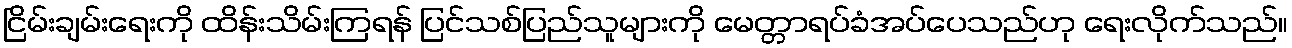
ငြိမ်းချမ်းရေးကို ထိန်းသိမ်းကြရန် ပြင်သစ်ပြည်သူများကို မေတ္တာရပ်ခံအပ်ပေသည်ဟု ရေးလိုက်သည်။